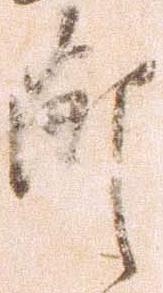
節